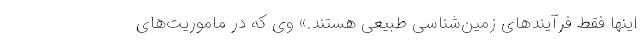
اینها فقط فرآیندهای زمین‌شناسی طبیعی هستند.» وی که در ماموریت‌های